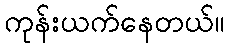
ကုန်းယက်နေတယ်။